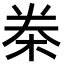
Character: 桊